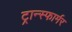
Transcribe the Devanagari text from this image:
ट्रान्स्फार्मर